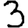
Digit: 3